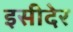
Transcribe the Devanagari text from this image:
इसीदेर